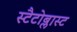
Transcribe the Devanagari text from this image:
स्टैटोब्लास्ट